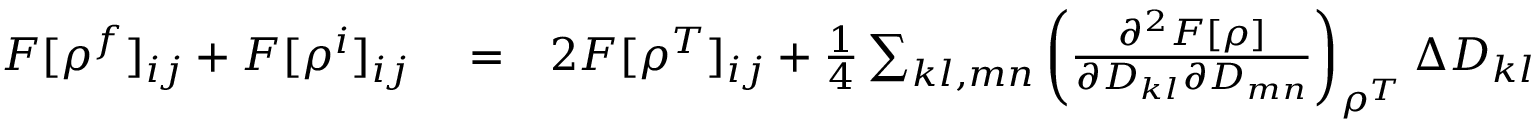
\begin{array} { r l r } { F [ \rho ^ { f } ] _ { i j } + F [ \rho ^ { i } ] _ { i j } } & { { } = } & { 2 F [ \rho ^ { T } ] _ { i j } + \frac { 1 } { 4 } \sum _ { k l , m n } \left( \frac { \partial ^ { 2 } F [ \rho ] } { \partial D _ { k l } \partial D _ { m n } } \right) _ { \rho ^ { T } } \Delta D _ { k l } \Delta D _ { m n } } \end{array}